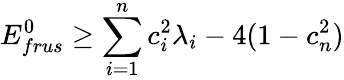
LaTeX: E_{frus}^{0}\geq\sum_{i=1}^{n}c_{i}^{2}\lambda_{i}-4(1-c_{n}^{2})